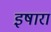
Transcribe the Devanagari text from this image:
इषारा